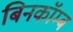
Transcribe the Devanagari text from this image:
बिनकॉम्ब